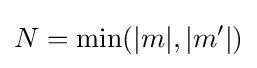
N=\min(|m|,|m'|)